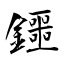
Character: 鑩